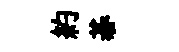
約碁